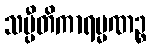
သပ္ပီတိကာရမ္မဏဉ္စ